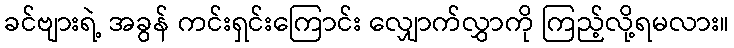
ခင်ဗျားရဲ့ အခွန် ကင်းရှင်းကြောင်း လျှောက်လွှာကို ကြည့်လို့ရမလား။